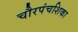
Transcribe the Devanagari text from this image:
चौरपंचशिका